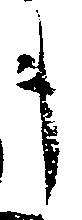
キ